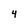
Character: 4